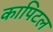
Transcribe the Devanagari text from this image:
कापिटल